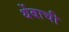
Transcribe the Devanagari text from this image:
थेंबाची